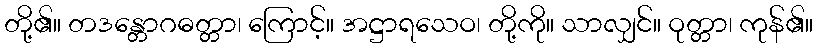
တို့၏။ တဒန္တောဂဓတ္တာ၊ ကြောင့်။ အဋ္ဌာရသေဝ၊ တို့ကို။ သာလျှင်။ ဝုတ္တာ၊ ကုန်၏။